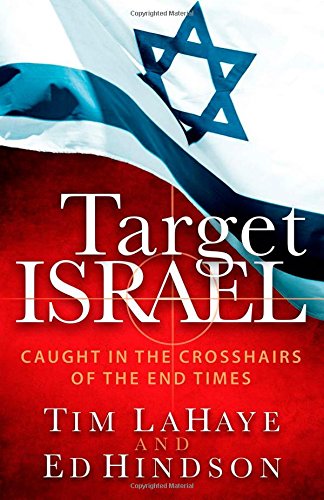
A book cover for Target Israel: Caught in the Crosshairs of the End Times; Tim LaHaye; History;